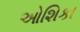
ઓશિકા